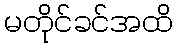
မတိုင်ခင်အထိ